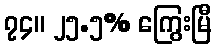
၇၄။ ၂၅.၅% ကြွေးမြီ